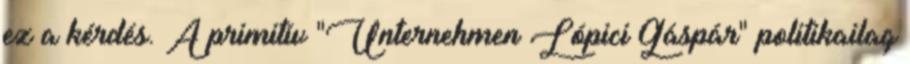
ez a kérdés. A primitív "Unternehmen Lópici Gáspár" politikailag